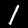
Label: 1